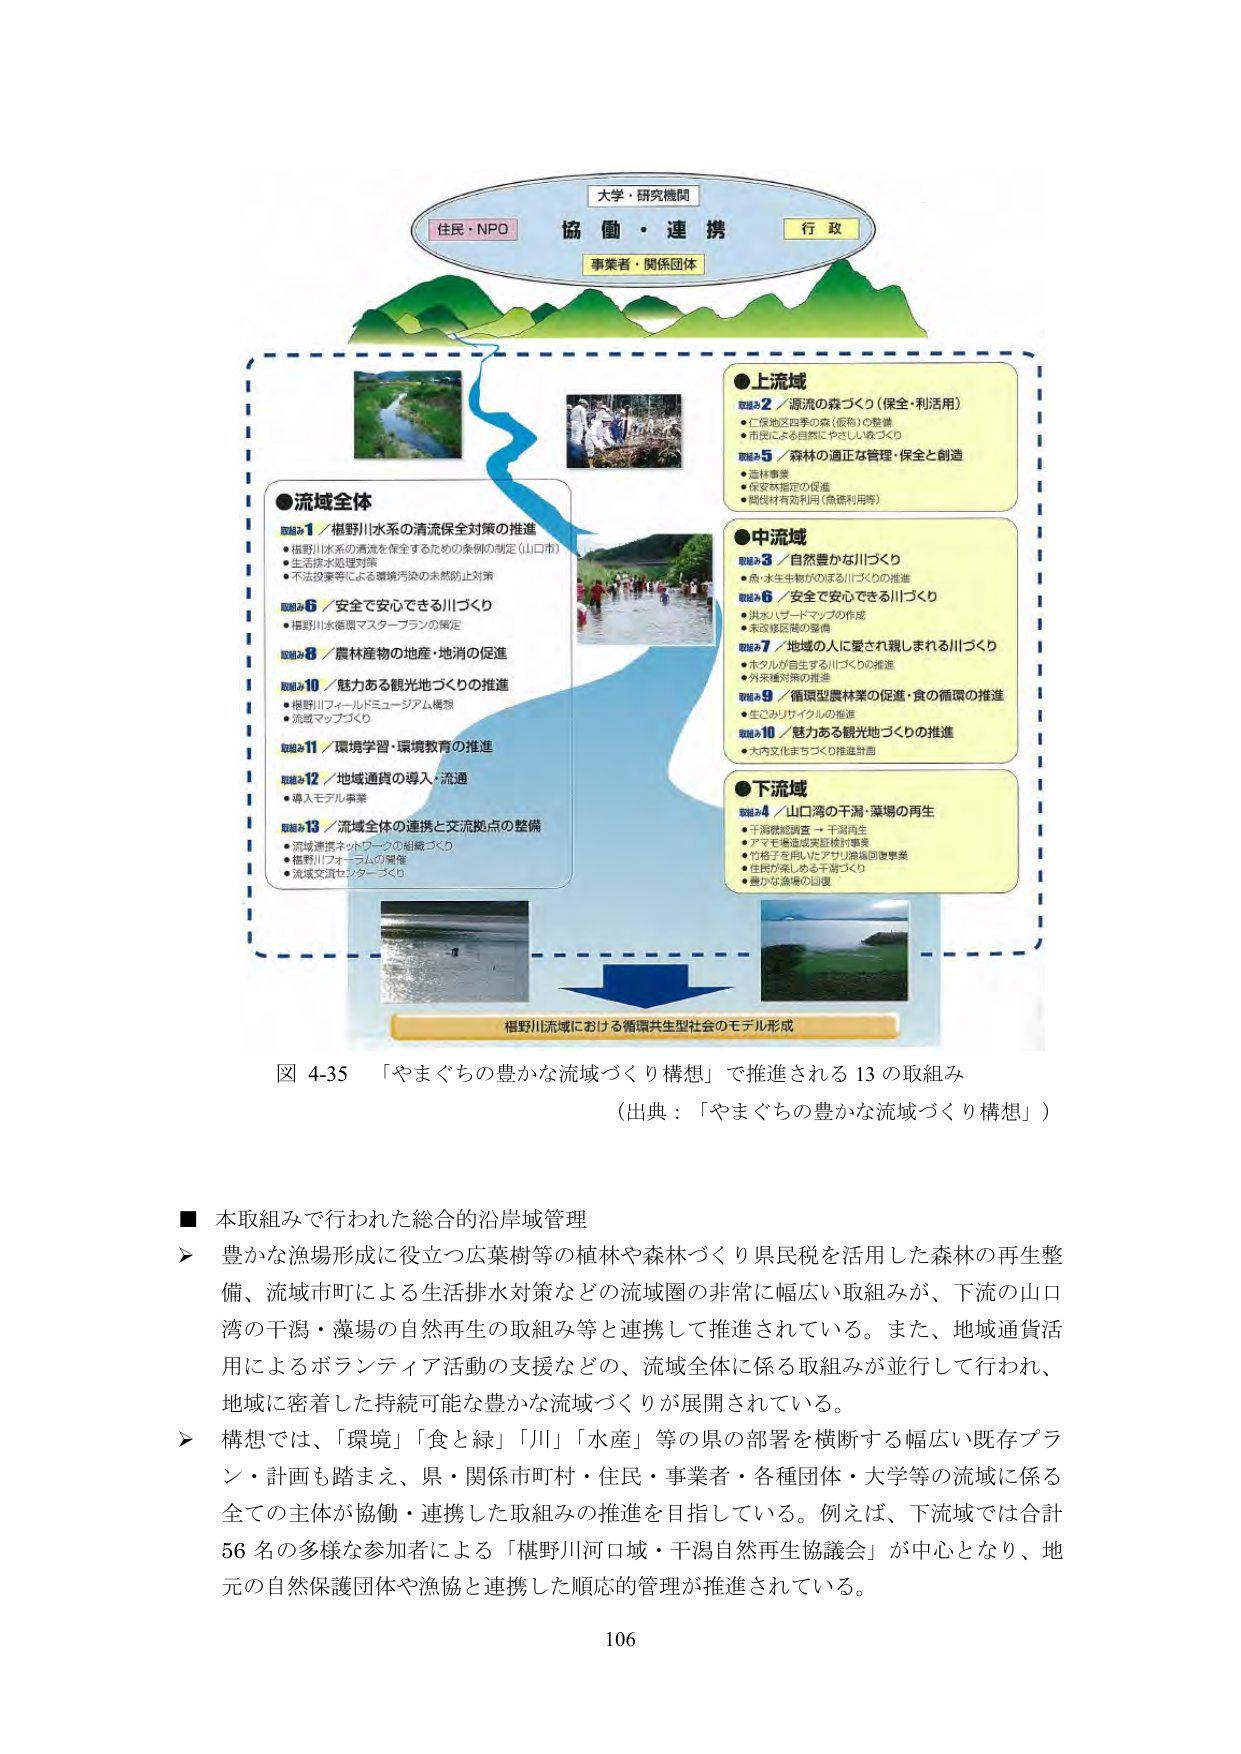
大学・研究機関
住民・NPO 協働・連携 行政
事業者・関係団体

●流域全体
取組み1／樋野川水系の清流保全対策の推進
・樋野川水系の清流を保全するための条例の制定（山口市）
・生活排水処理対策
・不法投棄等による環境汚染の未然防止対策

取組み6／安全で安心できる川づくり
・樋野川水循環マスタープランの策定

取組み8／農林産物の地産・地消の促進

取組み10／魅力ある観光地づくりの推進
・樋野川フィールドミュージアム構想
・流域マップづくり

取組み11／環境学習・環境教育の推進

取組み12／地域通貨の導入・流通
・導入モデル事業

取組み13／流域全体の連携と交流拠点の整備
・流域連携ネットワークの組織づくり
・樋野川フォーラムの開催
・流域交流センターづくり

●上流域
取組み2／源流の森づくり（保全・利活用）
・仁保地区四季の森（仮称）の整備
・市民による自然にやさしい森づくり

取組み5／森林の適正な管理・保全と創造
・造林事業
・保安林指定の促進
・間伐材有効利用（魚礁利用等）

●中流域
取組み3／自然豊かな川づくり
・魚・水生生物がのぼる川づくりの推進

取組み6／安全で安心できる川づくり
・洪水ハザードマップの作成
・未改修区間の整備

取組み7／地域の人に愛され親しまれる川づくり
・ホタルが自生する川づくりの推進
・外来種対策の推進

取組み9／循環型農林業の促進・食の循環の推進
・生ごみリサイクルの推進

取組み10／魅力ある観光地づくりの推進
・大内文化まちづくり推進計画

●下流域
取組み4／山口湾の干潟・藻場の再生
・干潟機能調査 → 干潟再生
・アマモ場造成実証検討事業
・竹格子を用いたアサリ漁場回復事業
・住民が楽しめる干潟づくり
・豊かな藻場の回復

樋野川流域における循環共生型社会のモデル形成

図 4-35 「やまぐちの豊かな流域づくり構想」で推進される 13 の取組み
（出典：「やまぐちの豊かな流域づくり構想」）

■ 本取組みで行われた総合的沿岸域管理
➤ 豊かな漁場形成に役立つ広葉樹等の植林や森林づくり県民税を活用した森林の再生整備、流域市町による生活排水対策などの流域圏の非常に幅広い取組みが、下流の山口湾の干潟・藻場の自然再生の取組み等と連携して推進されている。また、地域通貨活用によるボランティア活動の支援などの、流域全体に係る取組みが並行して行われ、地域に密着した持続可能な豊かな流域づくりが展開されている。
➤ 構想では、「環境」「食と緑」「川」「水産」等の県の部署を横断する幅広い既存プラン・計画も踏まえ、県・関係市町村・住民・事業者・各種団体・大学等の流域に係る全ての主体が協働・連携した取組みの推進を目指している。例えば、下流域では合計56名の多様な参加者による「樋野川河口域・干潟自然再生協議会」が中心となり、地元の自然保護団体や漁協と連携した順応的管理が推進されている。

106